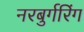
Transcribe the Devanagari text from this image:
नरबुर्गरिंग